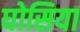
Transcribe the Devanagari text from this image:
घोसिया